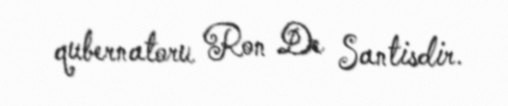
qubernatoru Ron De Santisdir.